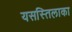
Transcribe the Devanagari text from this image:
यसस्तिलाका